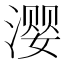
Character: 𰜳